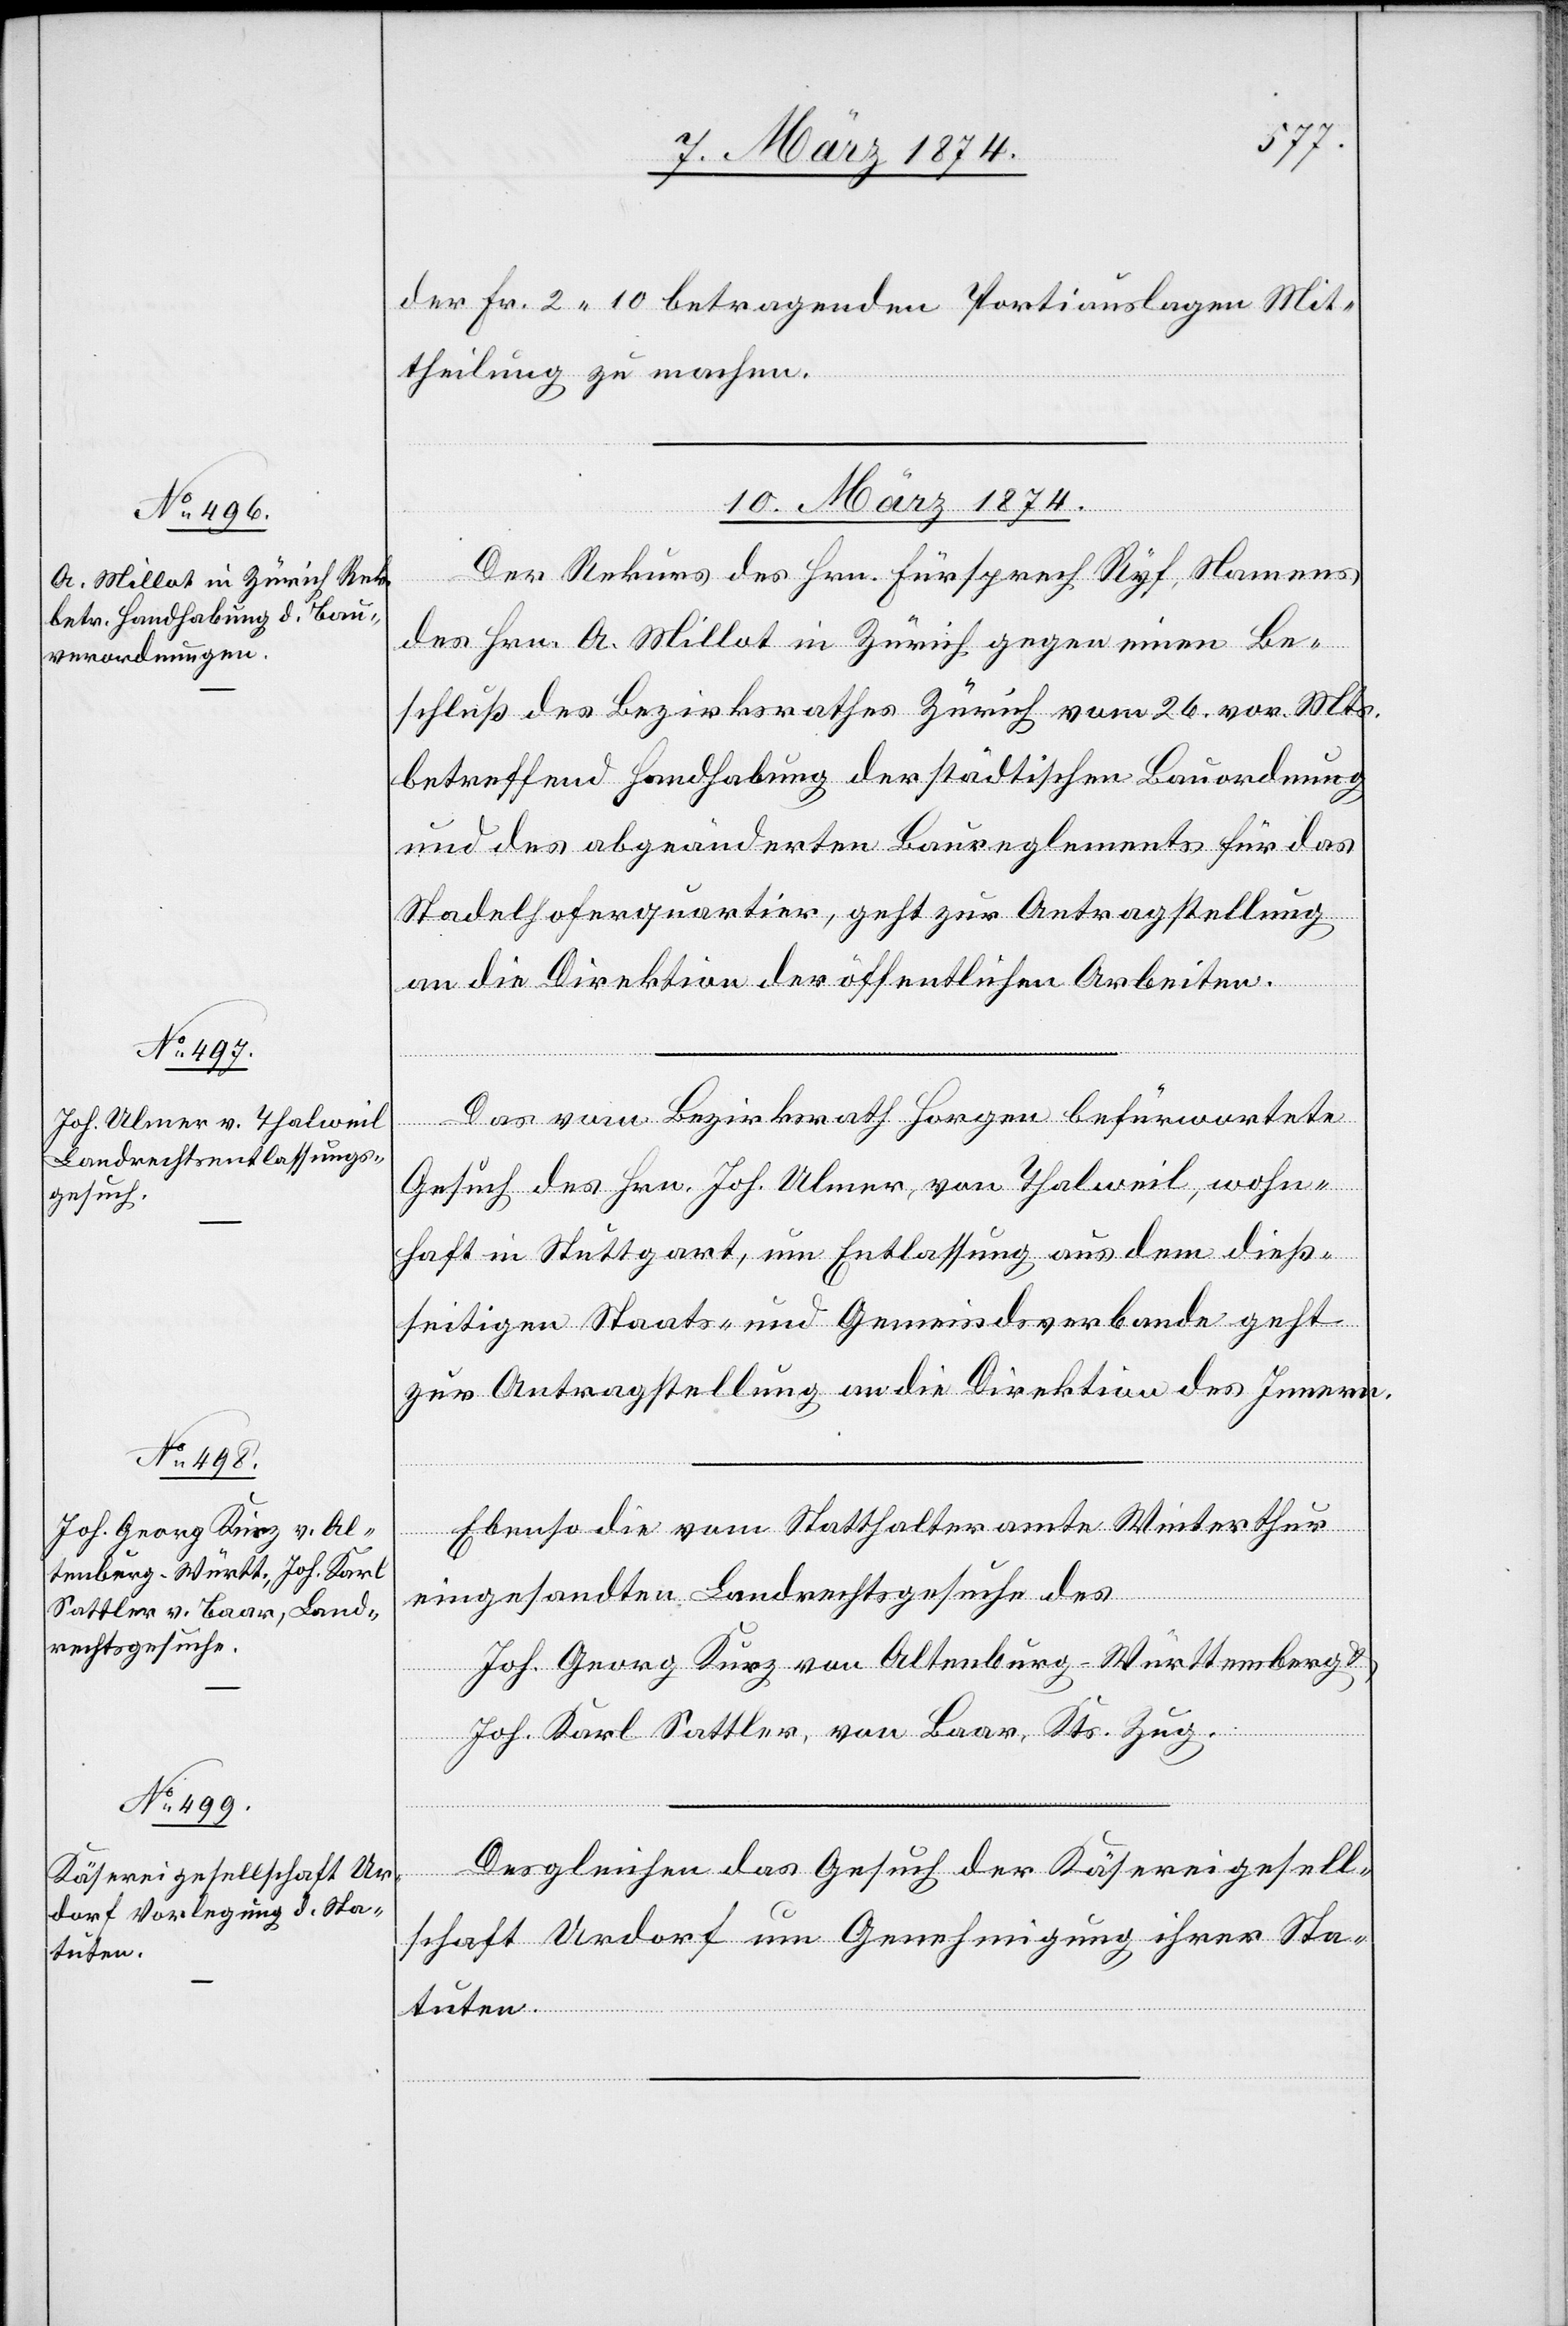
der Fr. 2.10 betragenden Portiauslagen Mit¬
theilung zu machen.
10. März 1874.]
Der Rekurs des Hrn. Fürsprech Ryf, Namens
des Hrn. A. Millot in Zürich gegen einen Be¬
schluß des Bezirksrathes Zürich vom 26. vor. Mts.
betreffend Handhabung der städtischen Bauordnung
und des abgeänderten Baureglements für das
Stadelhoferquartier, geht zur Antragstellung
an die Direktion der öffentlichen Arbeiten.
Das vom Bezirksrath Horgen befürwortete
Gesuch des Hrn. Joh. Ulmer, von Thalweil, wohn¬
haft in Stuttgart, um Entlassung aus dem dieß¬
seitigen Staats- und Gemeindsverbande geht
zur Antragstellung an die Direktion des Innern.
Ebenso die vom Statthalteramte Winterthur
eingesandten Landrechtsgesuche des
Joh. Georg Kurz von Altenburg-Württemberg
Joh. Karl Sattler, von Baar, Kts. Zug.
Desgleichen das Gesuch der Käsereigesell¬
schaft Urdorf um Genehmigung ihrer Sta¬
tuten.